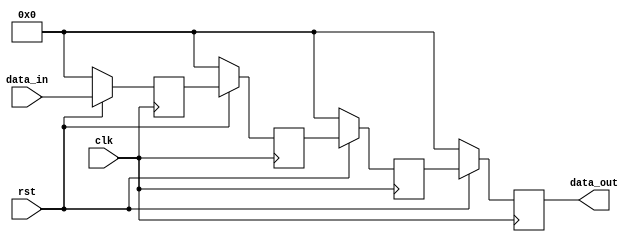
module delay4(
			input clk,
			input rst,
			input [31:0]data_in,
			output reg[31:0] data_out
			);
	
	reg [31:0]tmp1;
	reg [31:0]tmp2;
	reg [31:0]tmp3;
	
	always @(posedge clk)
		begin
			if(!rst)
				begin
					data_out <= 32'b0;
					tmp1 <= 32'b0;
					tmp2 <= 32'b0;
					tmp3 <= 32'b0;
				end
			else
				begin
					tmp1 <= data_in;
					tmp2 <= tmp1;
					tmp3 <= tmp2;
					data_out <= tmp3;
				end
		end

endmodule